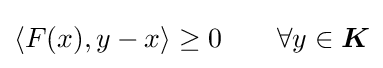
\langle F(x),y-x\rangle \geq 0\qquad \forall y\in {\boldsymbol {K}}